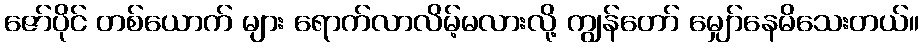
ဇော်ပိုင် တစ်ယောက် များ ရောက်လာလိမ့်မလားလို့ ကျွန်တော် မျှော်နေမိသေးတယ်။